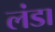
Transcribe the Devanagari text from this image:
लंडा